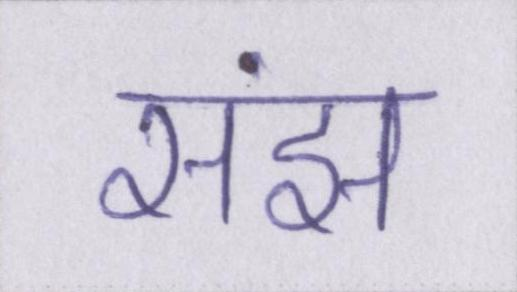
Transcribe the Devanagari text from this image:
संझ